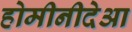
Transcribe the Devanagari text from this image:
होमीनीदेआ